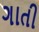
ગાતી